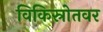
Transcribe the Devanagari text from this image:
विकिस्रोतवर